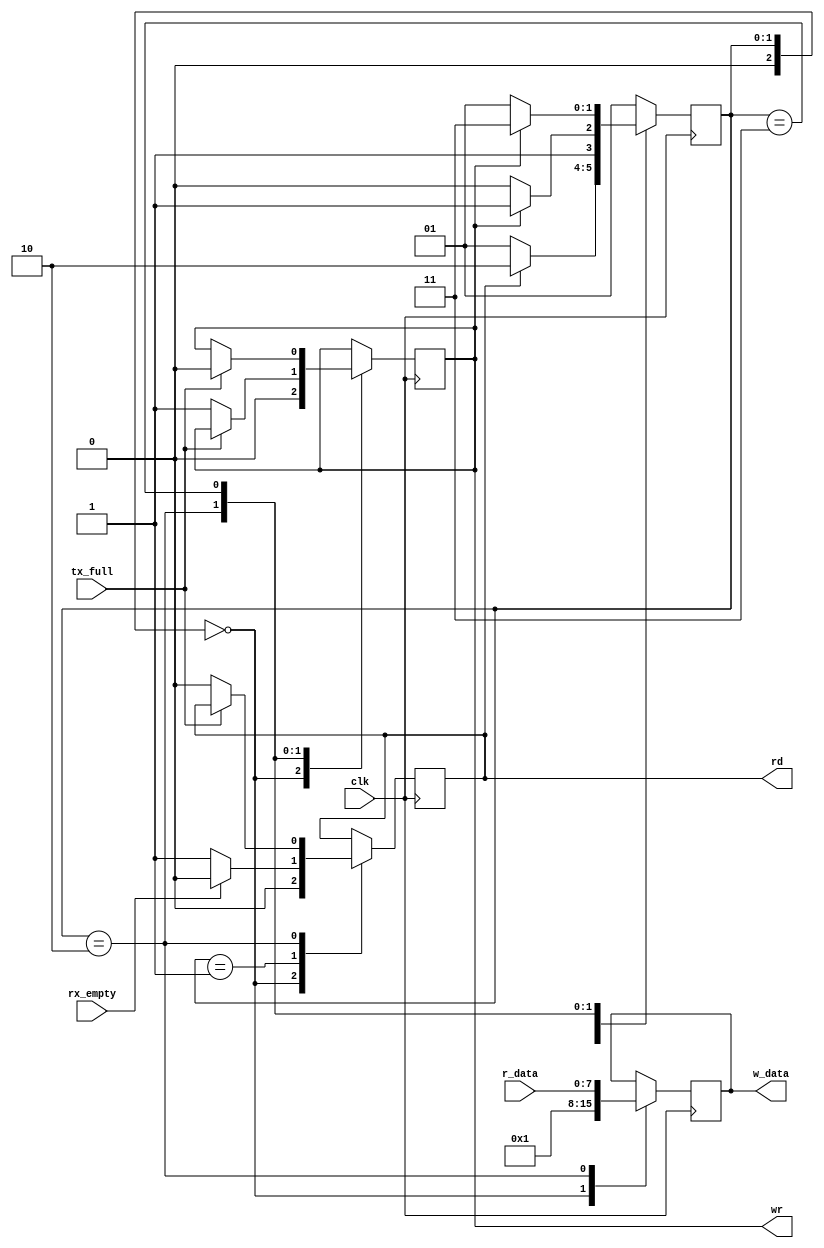
`timescale 1ns / 1ps
//////////////////////////////////////////////////////////////////////////////////
// Company: 
// Engineer: 
// 
// Design Name: 
// Module Name:    modulo_test 
// Project Name: 
// Target Devices: 
// Tool versions: 
// Description: 
//
// Dependencies: 
//
// Revision: 
// Revision 0.01 - File Created
// Additional Comments: 
//
//////////////////////////////////////////////////////////////////////////////////
module modulo_test
(
	input wire [7:0]r_data,
	input wire clk,
	input wire rx_empty,
	input wire tx_full,
	output reg [7:0]w_data,
	output reg rd,
	output reg wr
);
		
//Estados
localparam [2:0] START = 2'b00,
					  IDLE = 2'b01,
					  RECIBO = 2'b10,
					  ESPERO = 2'b11;
					  
					  
					  
//Variables internas
reg [7:0] buffer = 1;
reg [2:0] current_state = 3'b00;
reg [2:0] next_state = 3'b00;


always @(posedge clk)
begin
		current_state <= next_state;
end

		
always @(posedge clk) // always de logica de salida
begin
	case(current_state)
		START:
			begin
				w_data=buffer;
				rd = 0;
				wr = 0;
			end
		IDLE: // estado inicial. Idle
				begin
					if(rx_empty == 0)
					begin
						rd=1;
						//next_state = RECIBO;
					end
					else
					begin
						rd=0;
						//next_state = IDLE;
					end
				end
		RECIBO: 
				begin
					w_data = r_data;
					if(tx_full==0)
					begin
						//w_data = r_data;
						wr = 1;
						rd = 0;
					end
				end
		ESPERO: 
				begin
					if(tx_full == 1)
						wr = 0;
				end
	endcase
end//always de logica de salida
	
always @*
begin
	next_state = IDLE;
	case(current_state)
		START:
			begin
				next_state = IDLE;
			end
		IDLE:
			begin
				if(rd == 1)
					next_state = RECIBO;
				else
					next_state = IDLE;
			end
		RECIBO:
			begin
				//next_state = IDLE;
				if(wr==1)
					next_state = ESPERO;
				else
					next_state = RECIBO;
			end
		ESPERO:
			begin
				if(wr == 0)
					next_state = IDLE;
				else
					next_state = ESPERO;
			end
	endcase
end //always de logica cambio de estado
	

endmodule